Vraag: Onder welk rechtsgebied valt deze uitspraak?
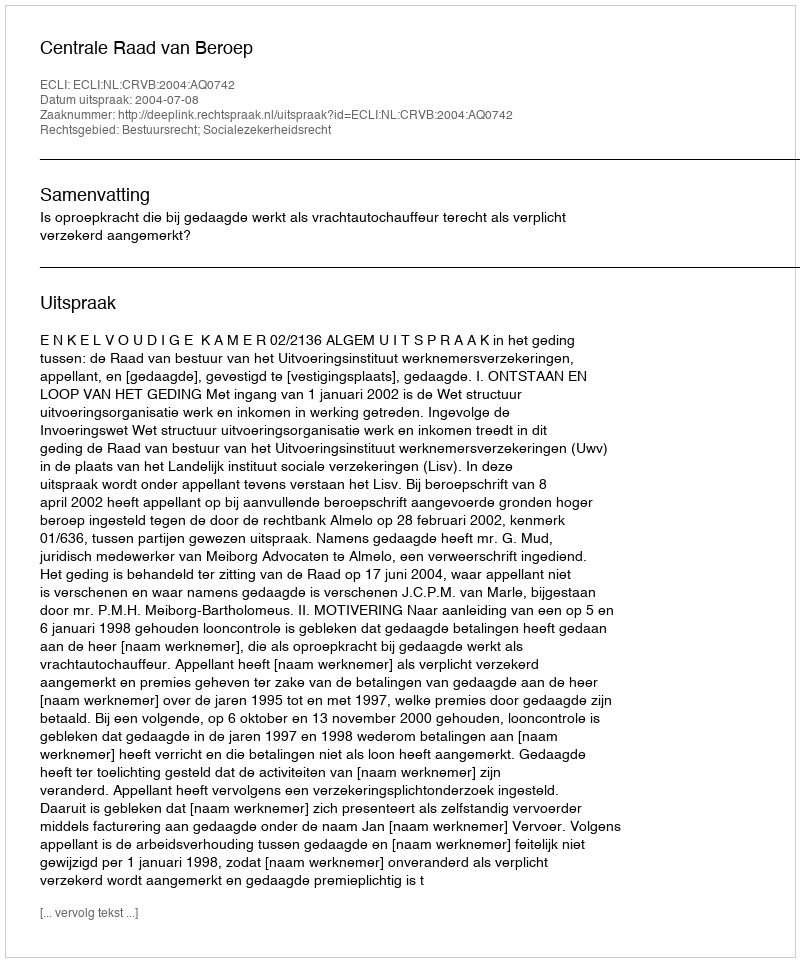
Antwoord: Bestuursrecht; Socialezekerheidsrecht